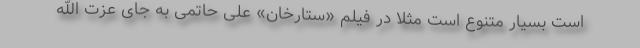
است بسیار متنوع است مثلا در فیلم «ستارخان» علی حاتمی به جای عزت الله